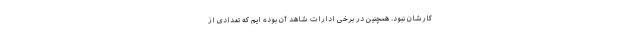
کارشان نبود. همچنین در برخی ادارات شاهد آن بوده ایم که تعدادی از